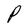
Character: P